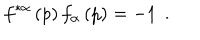
LaTeX: f ^ { * \alpha } \left( p \right) f _ { \alpha } \left( p \right) = - 1 \; \, .